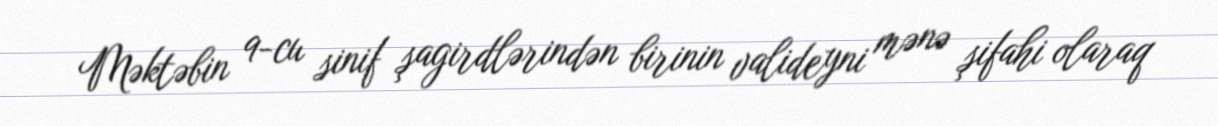
Məktəbin 9-cu sinif şagirdlərindən birinin valideyni mənə şifahi olaraq